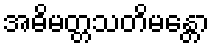
အဓိမတ္တသတိမန္တော